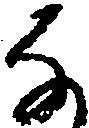
な